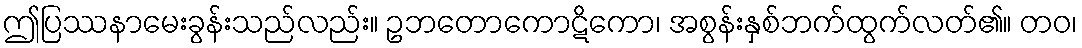
ဤပြဿနာမေးခွန်းသည်လည်း။ ဥဘတောကောဋိကော၊ အစွန်းနှစ်ဘက်ထွက်လတ်၏။ တဝ၊